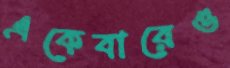
একেবারেও